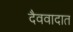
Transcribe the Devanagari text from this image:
दैववादात